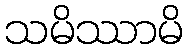
သမိဿာမိ